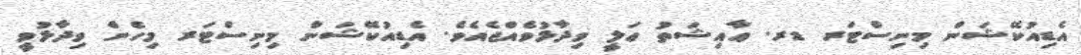
އެޑިއުކޭޝަން މިނިސްޓަރ ޑރ. ޢާއިޝަތު ޢަލީ ވިދާޅުވެއްޖެއެވެ. އެޑިއުކޭޝަން މިނިސްޓަރ މިހެން ވިދާޅުވީ